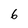
Character: 6